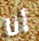
أنا